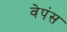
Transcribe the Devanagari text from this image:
वेपंस